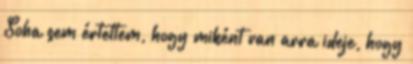
Soha sem értettem, hogy miként van arra ideje, hogy